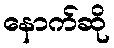
နောက်ဆို